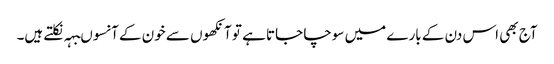
آج بھی اس دن کے بارے میں سوچا جاتا ہے تو آنکھوں سے خون کے آنسوںبہہ نکلتے ہیں۔